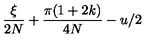
\frac { \xi } { 2 N } + \frac { \pi ( 1 + 2 k ) } { 4 N } - u / 2